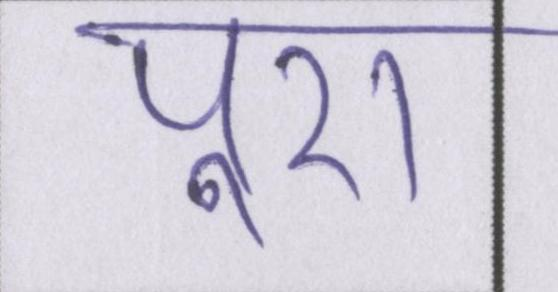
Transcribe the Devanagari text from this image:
पूरा